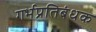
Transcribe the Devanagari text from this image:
गर्भप्रतिबंधक